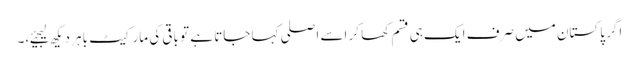
اگر پاکستان میں صرف ایک ہی قسم کھا کر اسے اصلی کہا جاتا ہے تو باقی کی مارکیٹ باہر دیکھ لیجیئے،۔